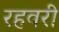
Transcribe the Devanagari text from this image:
रहवरी